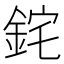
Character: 䤩